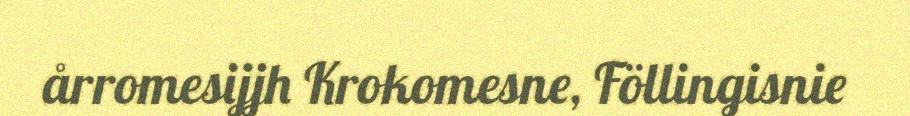
årromesijjh Krokomesne, Föllingisnie